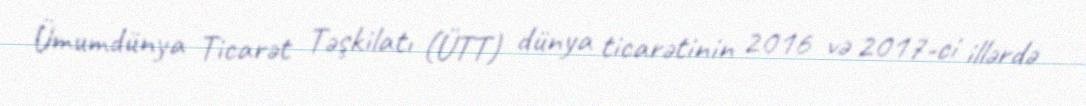
Ümumdünya Ticarət Təşkilatı (ÜTT) dünya ticarətinin 2016 və 2017-ci illərdə